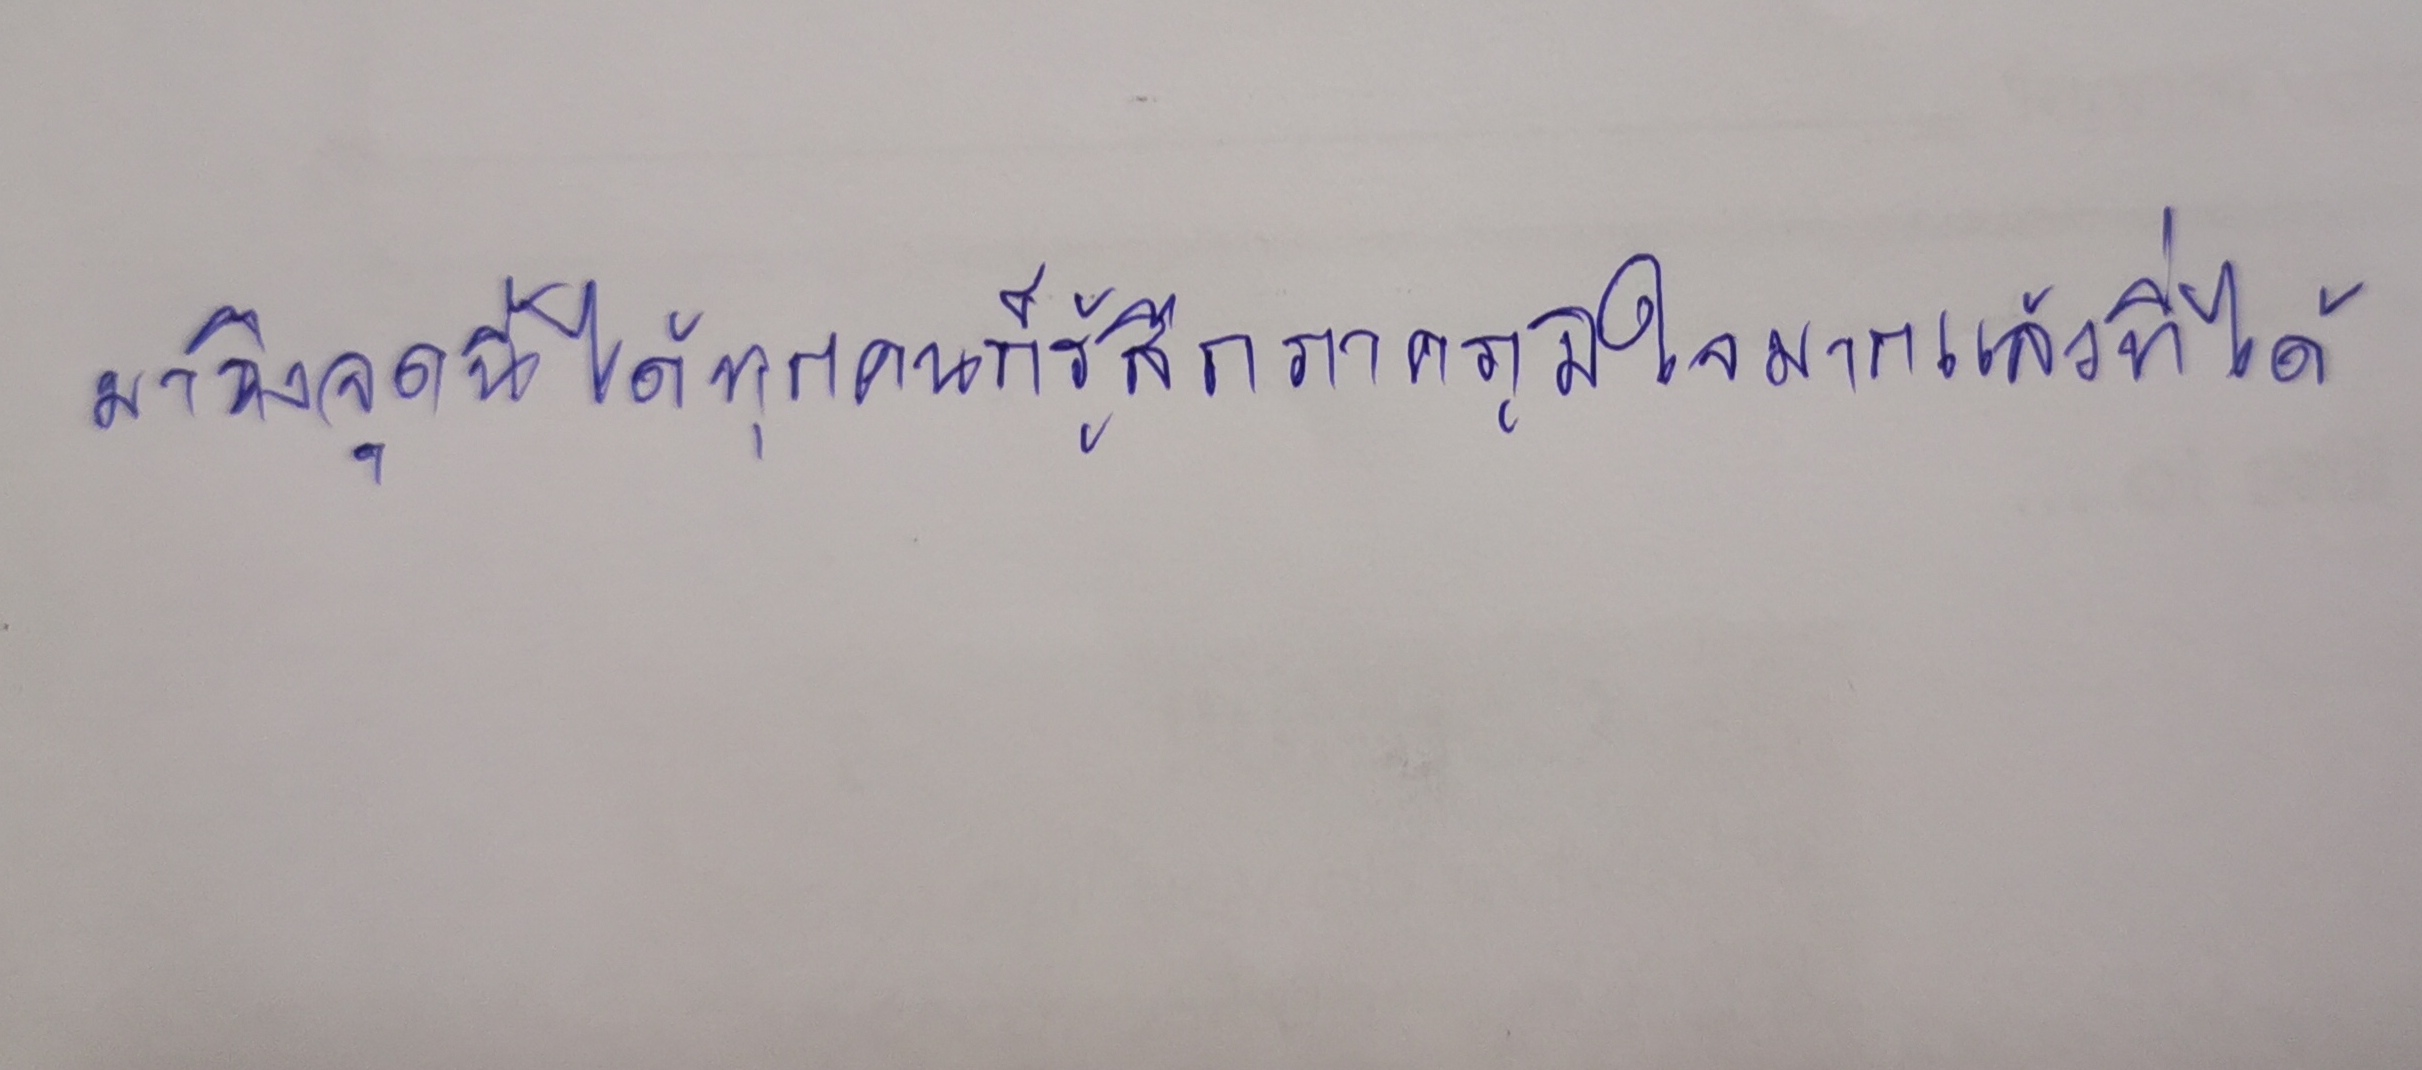
มาถึงจุดนี้ได้ทุกคนก็รู้สึกภาคภูมิใจมากแล้วที่ได้